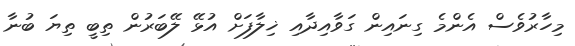
މިހާރުވެސް އެންމެ ގިނައިން ގަވާއިދާއި ޚިލާފަށް އުޅޭ ލޭބަރުން ތިބީ ތިޔަ ބުނާ